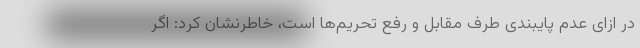
در ازای عدم پایبندی طرف مقابل و رفع تحریم‌ها است، خاطرنشان کرد: اگر